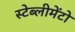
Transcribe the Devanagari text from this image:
स्टेब्लीमेंटो